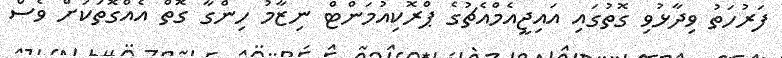
ފަރުހަތު ވިދާޅުވި ގޮތުގައި އައިޖީއެމްއެޗުގެ ޕްރޮކިއުމަންޓް ނިޒާމު ހިންގާ ގޮތް އެެއްގޮތަކަށް ވެސް